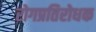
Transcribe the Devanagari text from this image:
रोगप्रतिरोधक